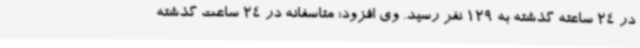
در 24 ساعته گذشته به 129 نفر رسید. وی افزود: متاسفانه در 24 ساعت گذشته